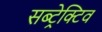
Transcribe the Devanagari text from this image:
सब्ट्रेक्टिव